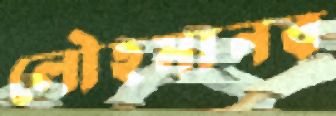
লৌহমানব